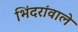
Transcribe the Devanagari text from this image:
भिंदरांवाले